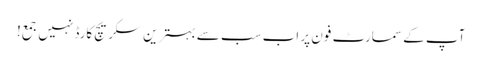
آپ کے سمارٹ فون پر اب سب سے بہترین سکریچ کارڈ نہیں جمع!